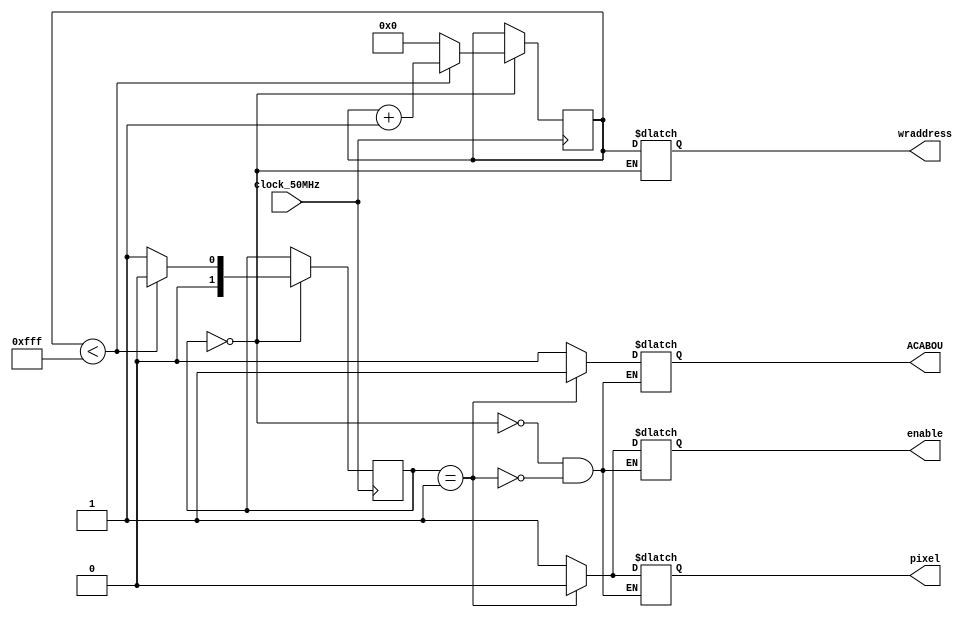
module Escrever(
        input clock_50MHz,
        output reg pixel,
        output reg [11:0] wraddress,
        output reg enable,
        output ACABOU
    );
        reg [11:0] contador = 0;
        reg [1:0] state = MANDAR_PIXEL;
        reg fim = 0;

        assign ACABOU = fim;

        parameter [1:0]  
                        MANDAR_PIXEL = 2'h0,
                        FIM = 2'h1;

        always @(posedge clock_50MHz) begin
            case(state)
                MANDAR_PIXEL:
                    begin
                        if(contador<4095) begin
                            contador <= contador + 1;
                            state <= MANDAR_PIXEL;
                        end else begin
                            contador <= 0;
                            state <= FIM;
                        end
                    end
                FIM:
                    begin

                    end
            endcase
        end

        always @(state) begin
            case(state)
                MANDAR_PIXEL:
                    begin
                         pixel <= 1;
                         enable <= 1;
                         fim <= 0;
                         wraddress <= contador;
                    end
                FIM: 
                    begin
                        pixel<=0;
                        enable <= 0;
                        fim <= 1;
                    end
            endcase
        end

    endmodule